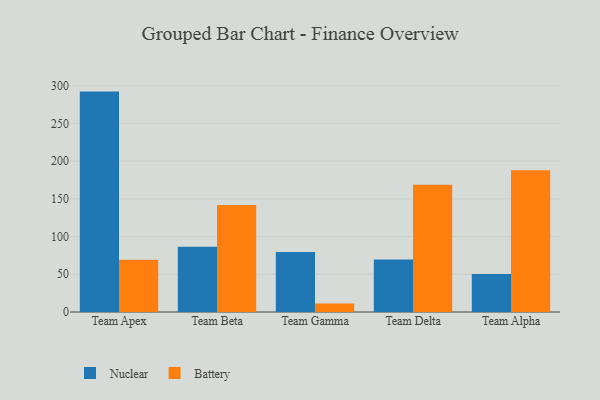
{"axis": {"x": "Team", "y": "LTV (USD)"}, "legend": ["Battery", "Nuclear"], "data": [{"x": "Team Apex", "y": 292.2, "type": "Nuclear"}, {"x": "Team Apex", "y": 69.4, "type": "Battery"}, {"x": "Team Beta", "y": 86.5, "type": "Nuclear"}, {"x": "Team Beta", "y": 141.8, "type": "Battery"}, {"x": "Team Gamma", "y": 79.7, "type": "Nuclear"}, {"x": "Team Gamma", "y": 11.3, "type": "Battery"}, {"x": "Team Delta", "y": 69.5, "type": "Nuclear"}, {"x": "Team Delta", "y": 168.8, "type": "Battery"}, {"x": "Team Alpha", "y": 50.3, "type": "Nuclear"}, {"x": "Team Alpha", "y": 187.9, "type": "Battery"}]}